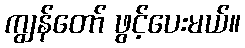
ကျွန်တော် ဖွင့်ပေးမယ်။